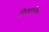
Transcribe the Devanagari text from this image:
क्रिझ़ानिच